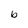
Character: b